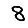
Digit: 8